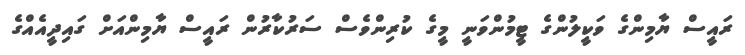
ރައީސް ޔާމިންގެ ވަކީލުންގެ ޓީމުންވަނީ މީގެ ކުރިންވެސް ސަރުކާރުން ރައީސް ޔާމިންއަށް ގައިދީއެއްގެ